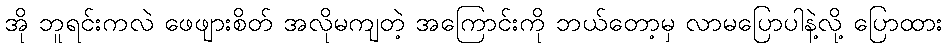
အို ဘူရင်းကလဲ ဖေဖျားစိတ် အလိုမကျတဲ့ အကြောင်းကို ဘယ်တော့မှ လာမပြောပါနဲ့လို့ ပြောထား